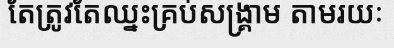
តែត្រូវតែឈ្នះគ្រប់សង្គ្រាម តាមរយៈ